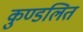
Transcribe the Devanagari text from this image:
कुण्डलित